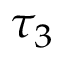
\tau _ { 3 }